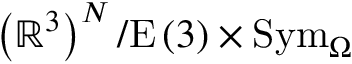
\left( \mathbb { R } ^ { 3 } \right) ^ { N } / \mathrm { E } \left( 3 \right) \times \mathrm { S y m } _ { \Omega }